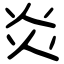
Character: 炎